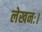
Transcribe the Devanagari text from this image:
लेखनः।